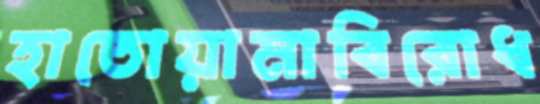
হাতোয়ামাবিরোধ